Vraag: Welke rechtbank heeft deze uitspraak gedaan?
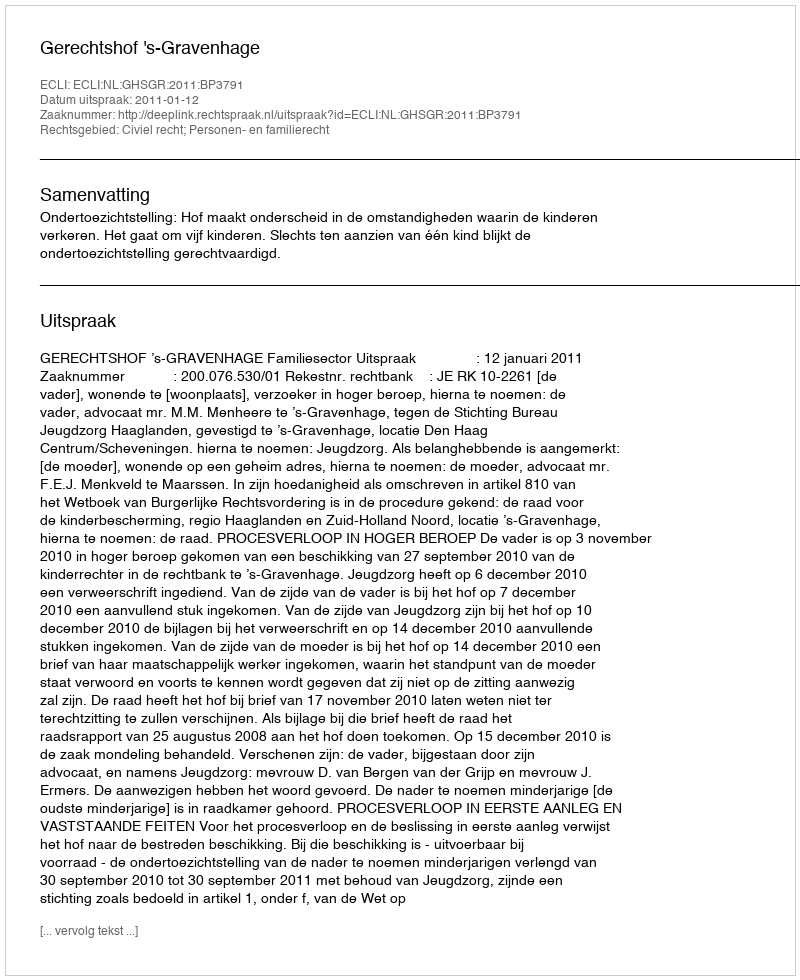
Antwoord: Gerechtshof 's-Gravenhage